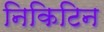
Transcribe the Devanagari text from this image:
निकिटिन